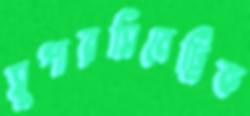
সুপারসিমেট্রিক